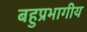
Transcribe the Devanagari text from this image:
बहुप्रभागीय